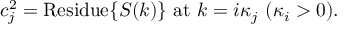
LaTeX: c _ { j } ^ { 2 } = \mathrm { R e s i d u e } \{ S ( k ) \} \mathrm { ~ a t ~ } k = i \kappa _ { j } ~ ( \kappa _ { i } > 0 ) .